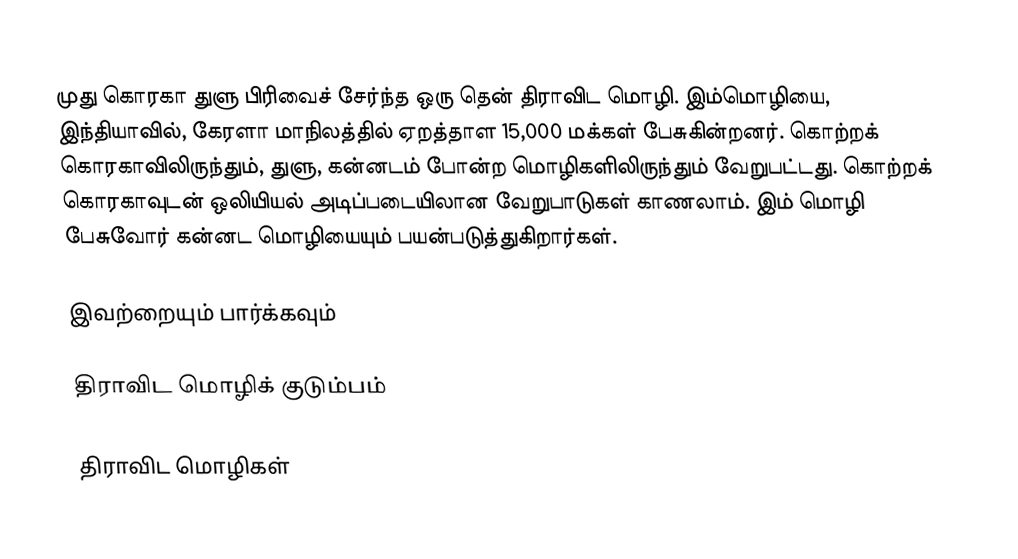
முது கொரகா துளு பிரிவைச் சேர்ந்த ஒரு தென் திராவிட மொழி. இம்மொழியை, இந்தியாவில், கேரளா மாநிலத்தில்  ஏறத்தாள 15,000 மக்கள் பேசுகின்றனர். கொற்றக் கொரகாவிலிருந்தும், துளு, கன்னடம் போன்ற மொழிகளிலிருந்தும் வேறுபட்டது. கொற்றக் கொரகாவுடன் ஒலியியல் அடிப்படையிலான வேறுபாடுகள் காணலாம். இம் மொழி பேசுவோர் கன்னட மொழியையும் பயன்படுத்துகிறார்கள்.

இவற்றையும் பார்க்கவும்

 திராவிட மொழிக் குடும்பம்

திராவிட மொழிகள்